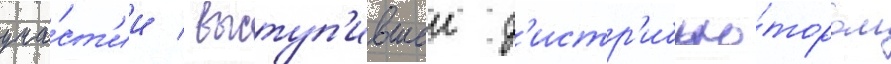
уча́ст'ии / выступ'ившеи д'истр'ибью́тором